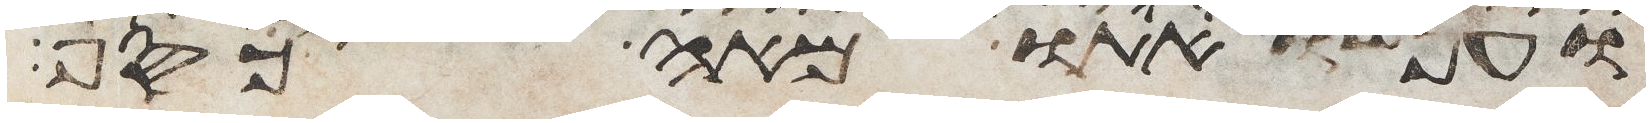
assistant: אתו מאה כסף